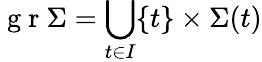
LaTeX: \mathrm{~g~r~}\Sigma=\bigcup_{t\in I}\{ t\} \times\Sigma(t)